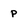
Character: p